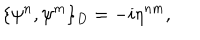
\{ \psi ^ { n } , \psi ^ { m } \} _ { D } = - i \eta ^ { n m } ,